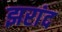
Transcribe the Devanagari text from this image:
झरांद